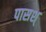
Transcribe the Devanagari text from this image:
पासश्